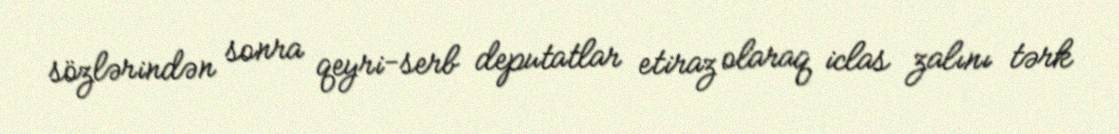
sözlərindən sonra qeyri-serb deputatlar etiraz olaraq iclas zalını tərk